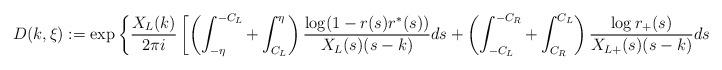
LaTeX: \begin{align*}D(k,\xi):=\exp\left\{\frac{X_{L}(k)}{2\pi i}\left[\left(\int_{-\eta}^{-C_L}+\int_{C_L}^{\eta}\right)\frac{\log(1-r(s)r^{*}(s))}{X_{L}(s)(s-k)}ds+\left(\int_{-C_L}^{-C_R}+\int_{C_R}^{C_L}\right)\frac{\log r_{+}(s)}{X_{L+}(s)(s-k)}ds\right]\right\},\end{align*}